Vaccination in the Punjab 1919-1929 - 1919-1929
Year: 1919
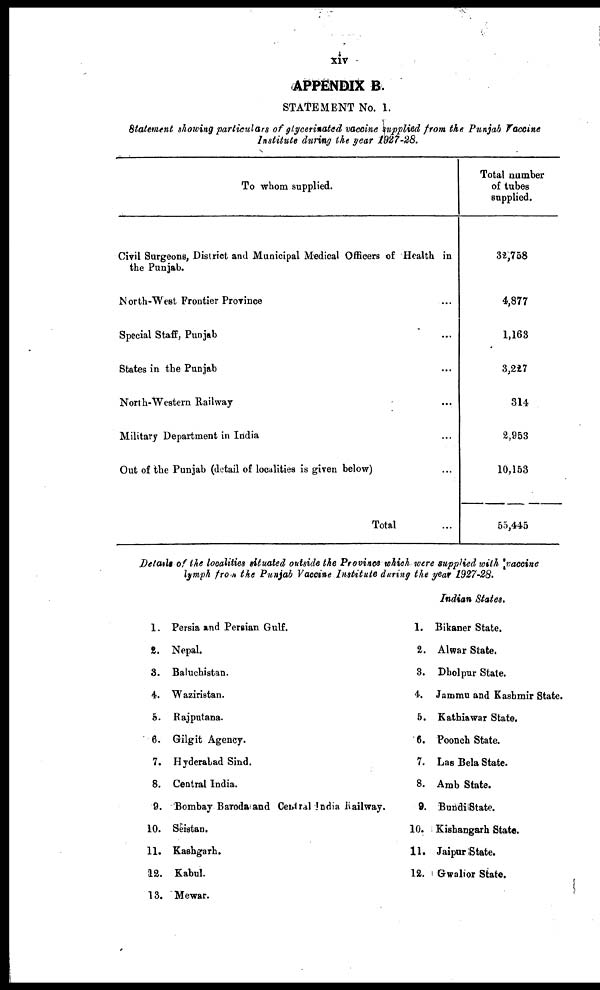
xiv
APPENDIX B.
STATEMENT No. 1.
Statement showing particulars of glycerinated vaccine supplied from the Punjab Vaccine
Institute during the year 1927-28.
To whom supplied.
Civil Surgeons, District and Municipal Medical Officers of Health in
the Punjab.
North-West Frontier Province ...
Special Staff, Punjab ...
States in the Punjab ...
North-Western Railway ...
Military Department in India ...
Out of the Punjab (detail of localities is given below) ...
Total ...
Total number
of tubes
supplied.
32,758
4,877
1,163
3,227
314
2,953
10,153
55,445
Details of the localities situated outside the Province which were supplied with vaccine
lymph from the Punjab Vaccine Institute during the year 1927-28.
1.
2.
3.
4.
5.
6.
7.
8.
9.
10.
11.
12.
13.
Persia and Persian Gulf.
Nepal.
Baluchistan.
Waziristan.
Rajputana.
Gilgit Agency.
Hyderabad Sind.
Central India.
Bombay Baroda and Central India Railway.
Seistan.
Kashgarh.
Kabul.
Mewar.
1.
2.
3.
4.
5.
6.
7.
8.
9.
10.
11.
12.
Indian States.
Bikaner State.
Alwar State.
Bholpur State.
Jammu and Kashmir State.
Kathiawar State.
Poonch State.
Las Bela State.
Amb State.
Bundi State.
Kishangarh State.
Jaipur State.
Gwalior State.